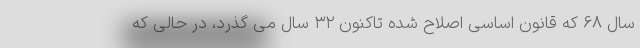
سال ۶۸ که قانون اساسی اصلاح شده تاکنون ۳۲ سال می گذرد، در حالی که